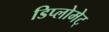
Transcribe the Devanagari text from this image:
डिप्लोमेट्